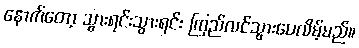
နောက်တော့ သွားရင်းသွားရင်း ကြည်လင်သွားပေလိမ့်မည်။